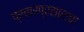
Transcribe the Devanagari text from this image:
प्रचारप्रसाराचा